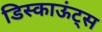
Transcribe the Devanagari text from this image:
डिस्काऊंट्स